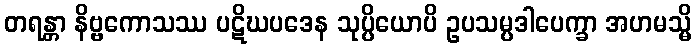
တရန္တာ နိဗ္ဗကောသဿ ပဋိဃပဒေန သုပ္ပိယောပိ ဥပသမ္ပဒါပေက္ခာ အဟမသ္မိ